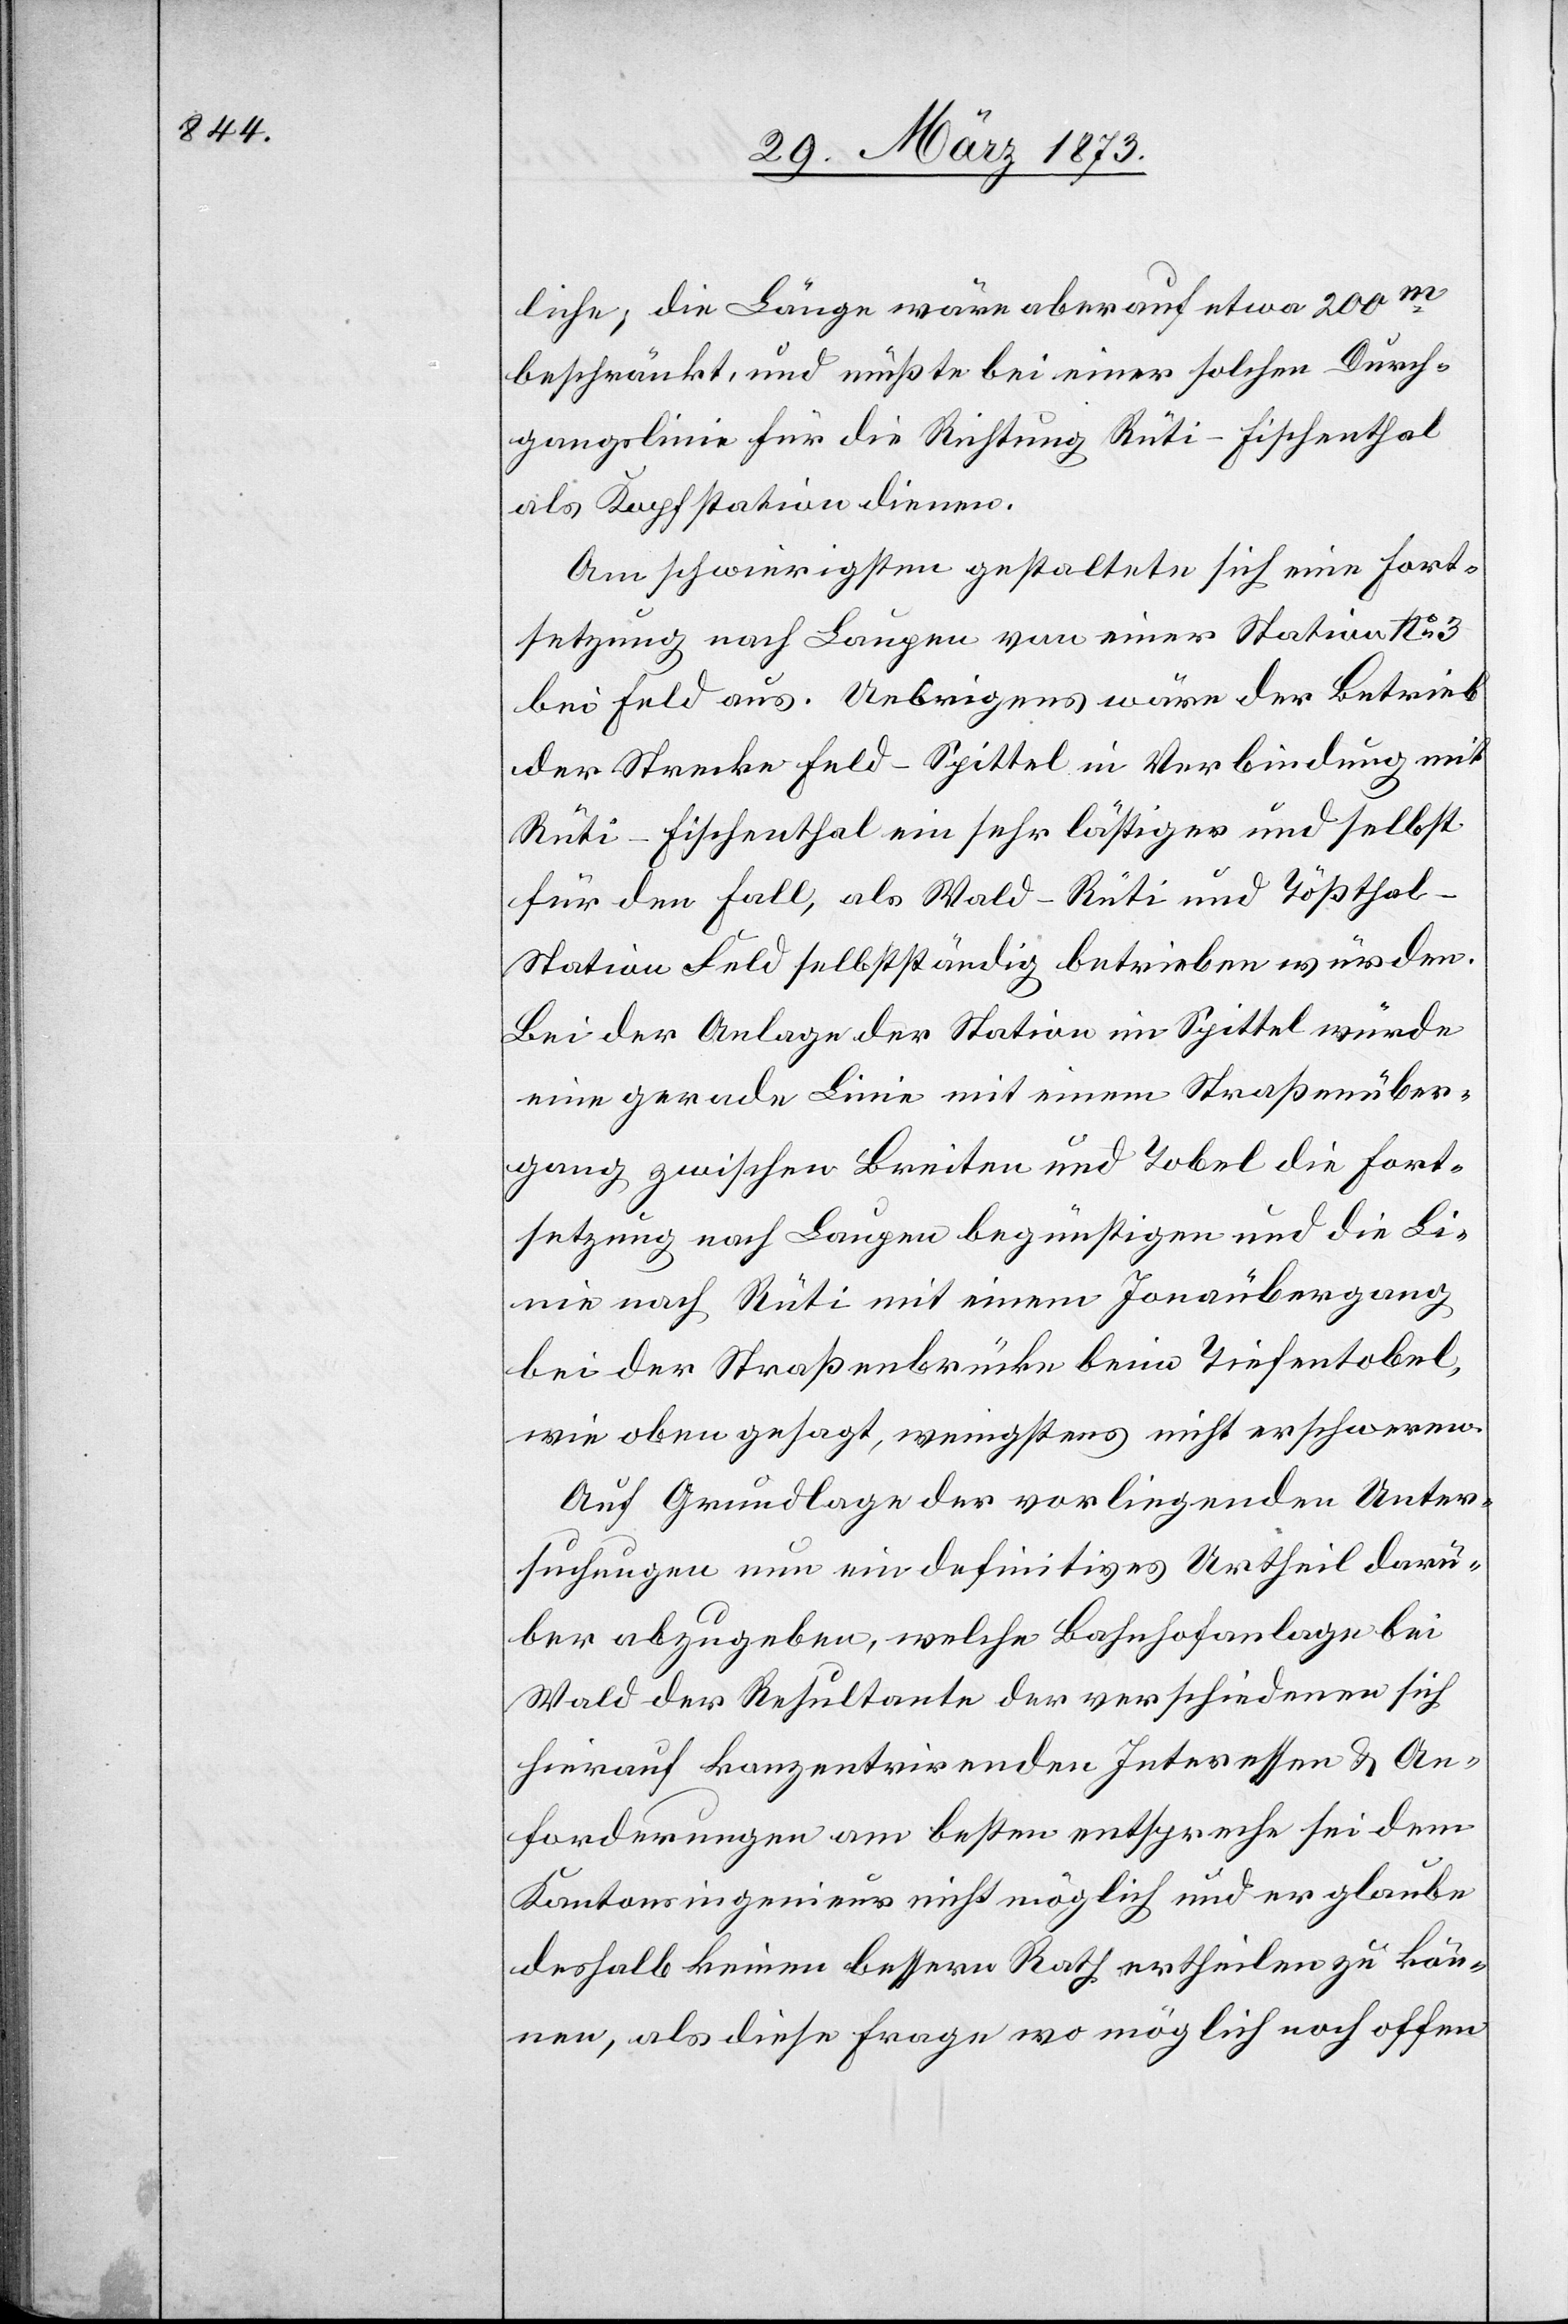
liche; die Länge wäre aber auf etwa 200m
beschränkt, und müßte bei einer solchen Durch¬
gangslinie für die Richtung Rüti–Fischenthal
als Kopfstation dienen.
Am schwierigsten gestaltete sich eine Fort¬
setzung nach Laugen von einer Station No 3
bei Feld aus. Uebrigens wäre der Betrieb
der Strecke Feld–Spittel in Verbindung mit
Rüti–Fischenthal ein sehr lästiger und selbst
für den Fall, als Wald–Rüti und Tößthal–S¬
tation Feld selbständig betrieben würden.
Bei der Anlage der Station im Spittel würde
eine gerade Linie mit einem Straßenüber¬
gang zwischen Breiten und Tobel die Fort¬
setzung nach Laugen begünstigen und die Li¬
nie nach Rüti mit einem Jonaübergang
bei der Straßenbrücke beim Tiefentobel,
wie oben gesagt, wenigstens nicht erschweren.
Auf Grundlage der vorliegenden Unter¬
suchungen nun ein definitives Urtheil darü¬
ber abzugeben, welche Bahnhofanlage bei
Wald der Resultante der beschiedenen sich
hierauf konzentrirenden Interessen u. An¬
forderungen am besten entspreche sei dem
Kantonsingenieur nicht möglich und er glaube
deshalb keinen bessern Rath ertheilen zu kön¬
nen, als diese Frage wo möglich noch offen